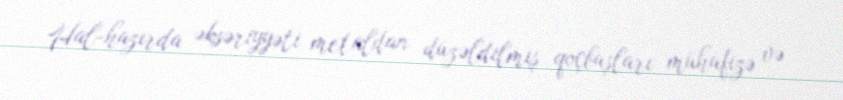
Hal-hazırda əksəriyyəti metaldan düzəldilmiş qoçbaşları mühafizə və